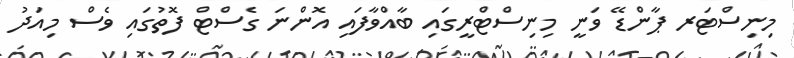
މިނިސްޓަރ ޕާންޑޭ ވަނީ މިނިސްޓްރީގައި ބާއްވާފައި އޮންނަ ގެސްޓް ފޮތުގައި ވެސް މިއަދު